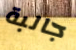
جالبة